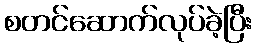
စတင်ဆောက်လုပ်ခဲ့ပြီး